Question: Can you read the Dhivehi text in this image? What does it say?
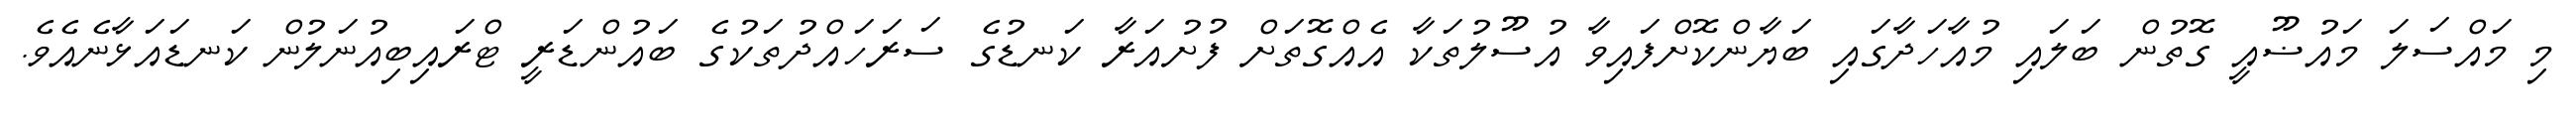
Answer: މި މައްސަލަ މައުޟޫއީ ގޮތުން ބަލައި މުއާހަދާގައި ބަޔާންކޮށްފައިވާ އުސޫލުތަކާ އެއްގޮތަށް ފުށުއަރާ ކަނޑުގެ ސަރަހައްދުތަކުގެ ބައުންޑަރީ ޓްރައިބިއުނަލުން ކަނޑައަޅާނެއެވެ.